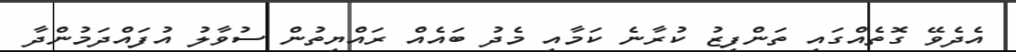
އެދެވޭ ގޮތެއްގައި ތަންފީޒު ކުރާނެ ކަމާއި މެދު ބައެއް ރައްޔިތުން ސުވާލު އުފައްދަމުންދާ